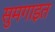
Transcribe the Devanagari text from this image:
सुमगाइत